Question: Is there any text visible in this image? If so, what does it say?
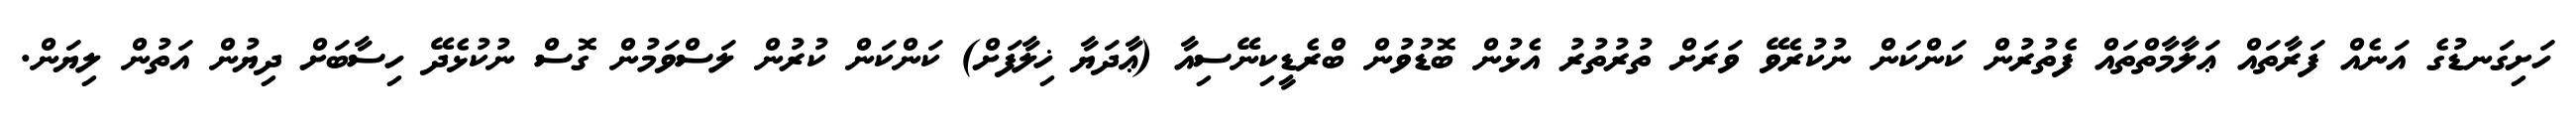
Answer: ހަށިގަނޑުގެ އަނެއް ފަރާތައް ޢަލާމާތްތައް ފެތުރުން ކަންކަން ނުކުރެވޭ ވަރަށް ތުރުތުރު އެޅުން ބޮޑުވުން ބްރެޑީކިނޭސިއާ (ޢާދަޔާ ޚިލާފަށް) ކަންކަން ކުރުން ލަސްވަމުން ގޮސް ނުކުޅެދޭ ހިސާބަށް ދިޔުން އަތުން ލިޔަން.